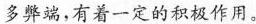
多弊端，有着一定的积极作用。